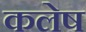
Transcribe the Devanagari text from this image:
कलेष